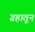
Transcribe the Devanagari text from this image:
ग्रहातून